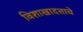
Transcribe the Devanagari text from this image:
विशाखादत्ताचे